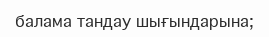
балама тандау шығындарына;